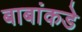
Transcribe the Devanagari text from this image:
बाबांकडे